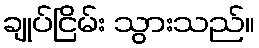
ချုပ်ငြိမ်း သွားသည်။